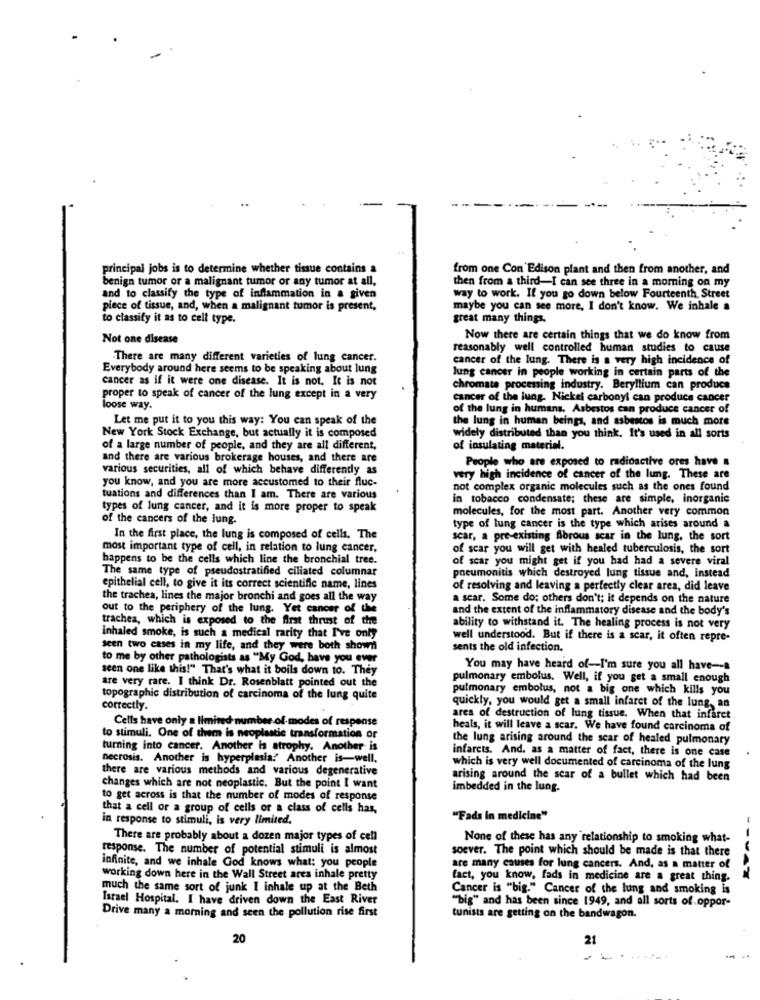
principal jobs is to determine whether tissue contains a
from one Con Edison plant and then from another, and
benign tumor or a malignant tumor or any tumor at all,
then from a third-I can see three in a morning on my
and to classify the type of inflammation in a given
way to work. If you go down below Fourteenth Street
piece of tissue, and, when a malignant tumor is present,
maybe you can see more, I don't know. We inhale a
to classify it as to cell type.
great many things.
Not one disease
Now there are certain things that we do know from
reasonably well controlled human studies to cause
There are many different varieties of lung cancer.
cancer of the lung. There is a very high incidence of
Everybody around here seems to be speaking about lung
cancer as if it were one disease. It is not. It is not
lung cancer in people working in certain parts of the
chromate processing industry. Beryllium can produce
proper to speak of cancer of the lung except in a very
cancer of the lung. Nickel carbonyl can produce cancer
loose way.
of the lung in humans. Asbestos can produce cancer of
Let me put it to you this way: You can speak of the
the lung in human beings, and asbestos is much more
New York Stock Exchange, but actually it is composed
widely distributed than you think. It's used in all sorts
of a large number of people, and they are all different,
of insulating material.
and there are various brokerage houses, and there are
People who are exposed to radioactive ores have a
various securities, all of which behave differently as
you know, and you are more accustomed to their fluc-
very high incidence of cancer of the lung. These are
not complex organic molecules such as the ones found
tuations and differences than I am. There are various
in tobacco condensate; these are simple, inorganic
types of lung cancer, and it is more proper to speak
molecules, for the most part. Another very common
of the cancers of the lung.
type of lung cancer is the type which arises around a
In the first place, the lung is composed of cells. The
scar, a pre-existing Abrous scar in the lung, the sort
most important type of cell, in relation to lung cancer,
of scar you will get with healed tuberculosis, the sort
happens to be the cells which line the bronchial tree.
of scar you might get if you had had a severe viral
The same type of pseudostratified ciliated columnar
pneumonitis which destroyed lung tissue and, instead
epithelial cell, to give it its correct scientific name, lines
of resolving and leaving a perfectly clear area, did leave
the trachea, lines the major bronchi and goes all the way
a scar. Some do; others don't; it depends on the nature
out to the periphery of the lung. Yet cancer of the
and the extent of the inflammatory disease and the body's
trachea, which is exposed to the first thrust of the
ability to withstand it. The healing process is not very
inhaled smoke, is such a medical rarity that I've only
well understood. But if there is a scar, it often repre-
seen two cases in my life, and they were both shown
sents the old infection.
to me by other pathologists as "My God, have you ever
seen one like this!" That's what it boils down to. They
You may have heard of-I'm sure you all have -- a
are very rare. I think Dr. Rosenblatt pointed out the
pulmonary embolus. Well, if you get a small enough
pulmonary embolus, not a big one which kills you
topographic distribution of carcinoma of the lung quite
quickly, you would get a small infarct of the lung, an
correctly.
Cells have only a limited number of modes of respense
area of destruction of lung tissue. When that infarct
heals, it will leave a scar. We have found carcinoma of
to stimuli. One of them is neoplastic transformation or
the lung arising around the scar of healed pulmonary
turning into cancer. Another is atrophy. Another is
infarcts. And. as a matter of fact, there is one case
necrosis. Another is hyperplasia:" Another is-well.
there are various methods and various degenerative
which is very well documented of carcinoma of the lung
arising around the scar of a bullet which had been
changes which are not neoplastic. But the point I want
imbedded in the lung.
to get across is that the number of modes of response
that a cell or a group of cells or a class of cells has,
in response to stimuli, is very limited.
"Fads in medicine"
There are probably about a dozen major types of cell
None of these has any relationship to smoking what-
response. The number of potential stimuli is almost
soever. The point which should be made is that there
infinite, and we inhale God knows what: you people
are many causes for lung cancers. And, as a matter of
working down here in the Wall Street area inhale pretty
fact, you know, fads in medicine are a great thing.
much the same sort of junk I inhale up at the Beth
Cancer is "big." Cancer of the lung and smoking is
Israel Hospital. I have driven down the East River
""big" and has been since 1949, and all sorts of oppor-
Drive many a morning and seen the pollution rise first
tunists are getting on the bandwagon.
20
21